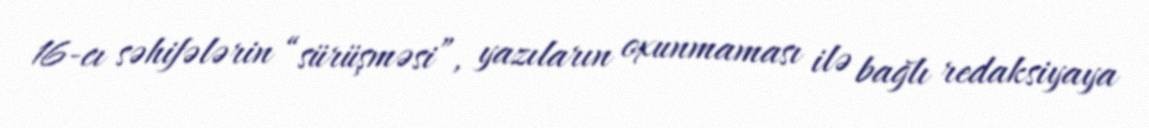
16-cı səhifələrin “sürüşməsi”, yazıların oxunmaması ilə bağlı redaksiyaya